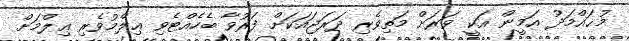
މުޙައްމަދު އަމީން އަކީ ވަރަށް މަތިވެރި ދަރަޖައަކަށް ފަރުވާ ބެހެއްޓެވި ޢިލްމުވެރި ޢިލްމަށް